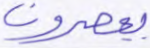
يعصرون